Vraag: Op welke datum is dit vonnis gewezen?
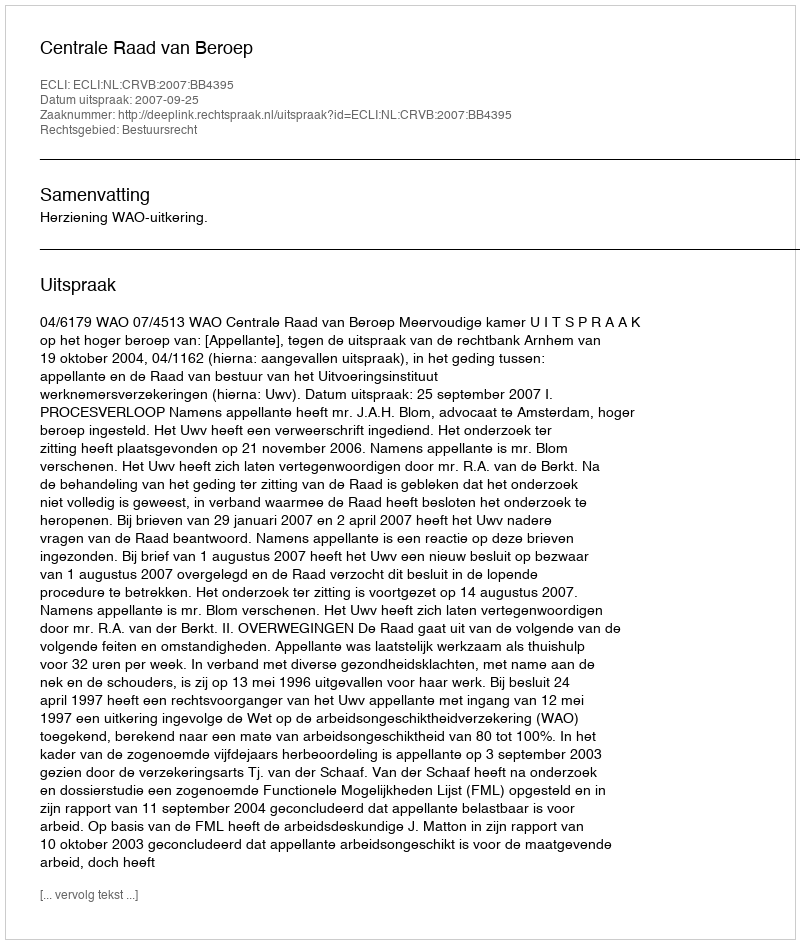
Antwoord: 2007-09-25